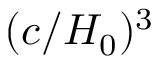
( c / H _ { 0 } ) ^ { 3 }